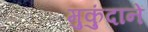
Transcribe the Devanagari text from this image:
मुकुंदानें